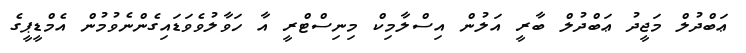
ޢަބްދުލް މަޖީދު ޢަބްދުލް ބާރީ އަލުން އިސްލާމިކް މިނިސްޓްރީ އާ ހަވާލުވެވަޑައިގެންނެވުމުން އެމްޑީޕީގެ